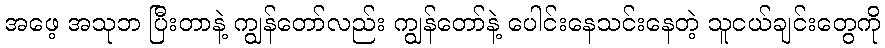
အဖေ့ အသုဘ ပြီးတာနဲ့ ကျွန်တော်လည်း ကျွန်တော်နဲ့ ပေါင်းနေသင်းနေတဲ့ သူငယ်ချင်းတွေကို